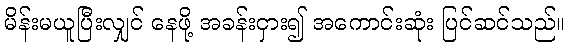
မိန်းမယူပြီးလျှင် နေဖို့ အခန်းငှား၍ အကောင်းဆုံး ပြင်ဆင်သည်။